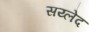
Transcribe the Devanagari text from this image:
सय्लेद